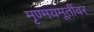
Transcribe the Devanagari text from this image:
मृण्मयमूर्तीवर